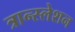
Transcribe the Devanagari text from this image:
त्रान्स्लेशन